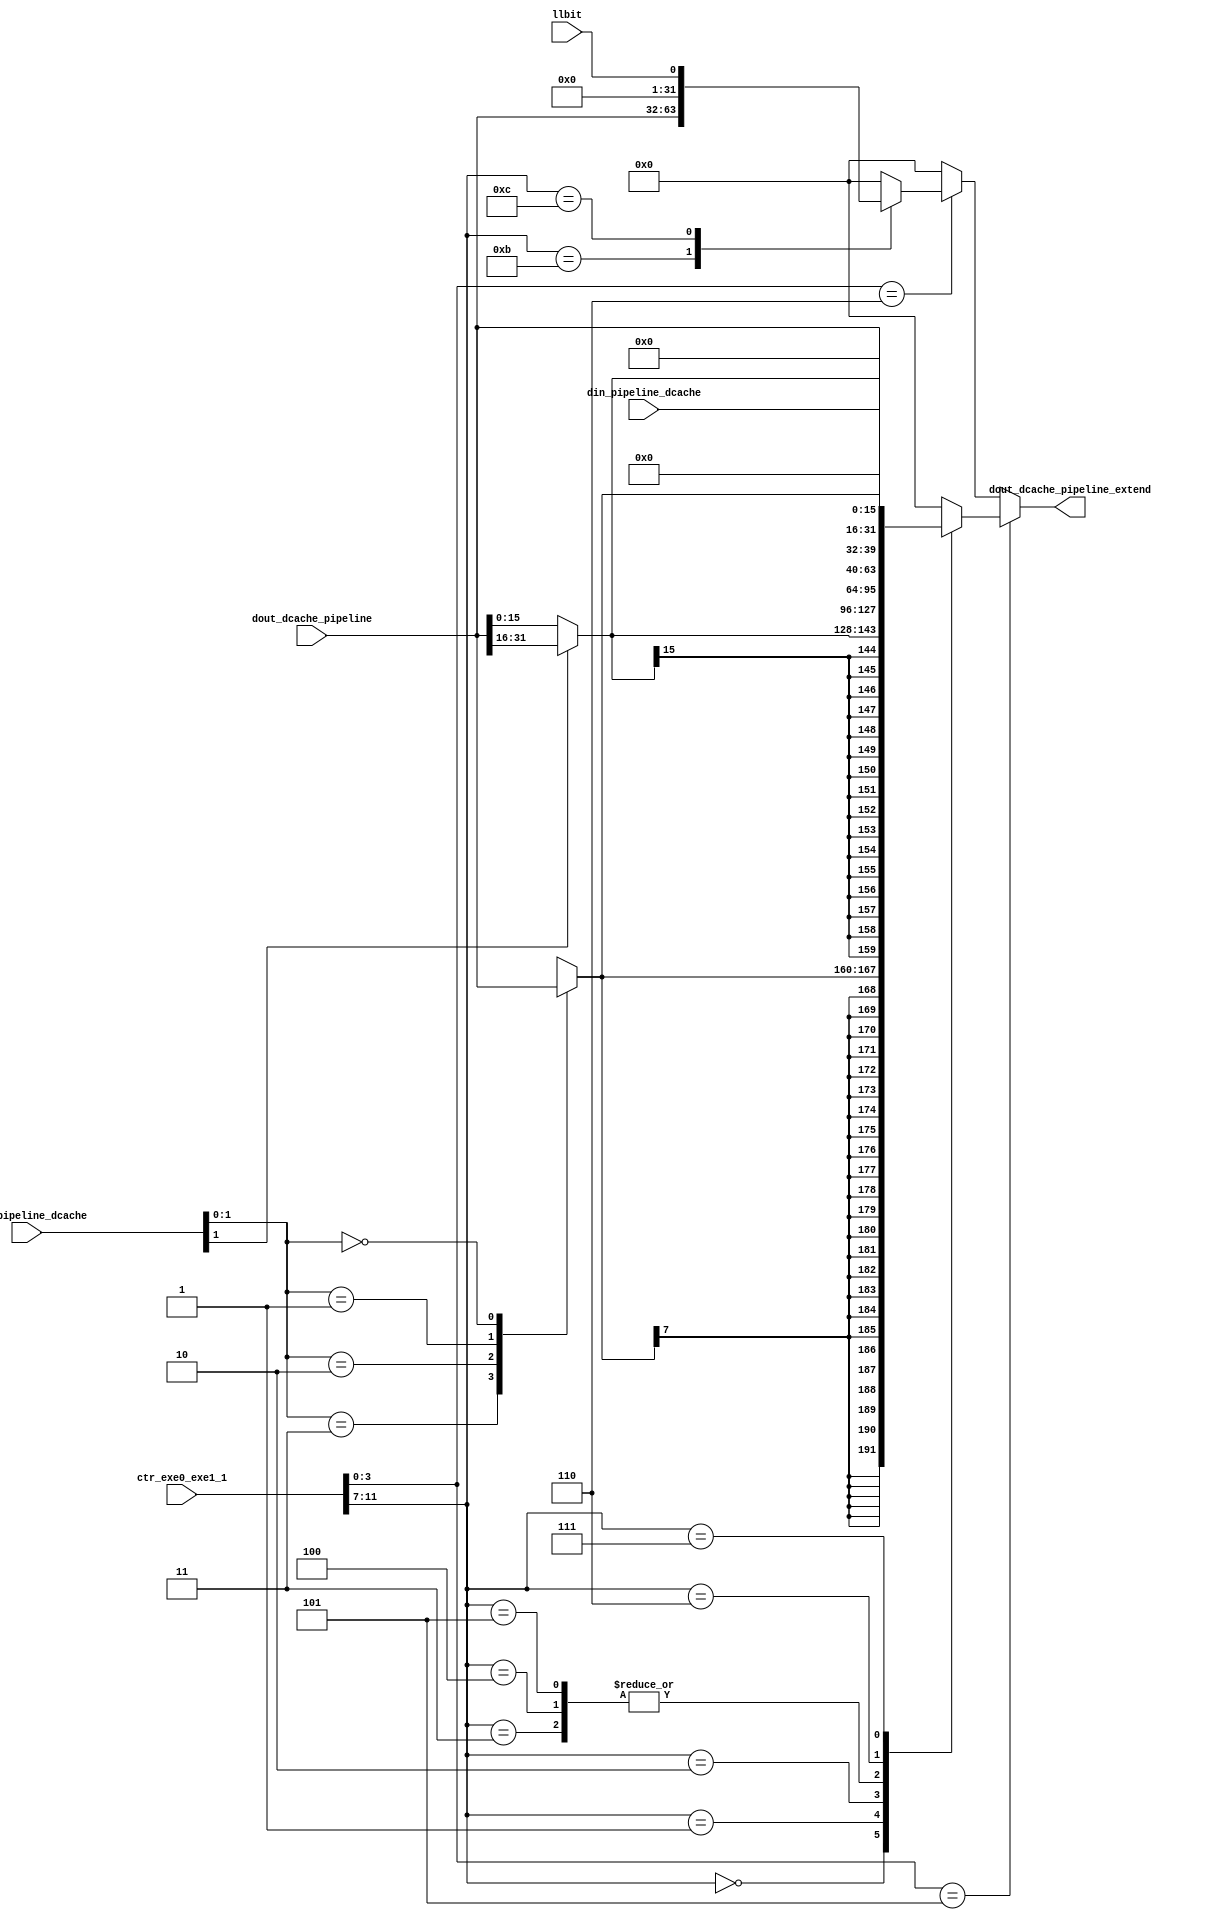
module dcache_extend (
    input [31:0]ctr_exe0_exe1_1,dout_dcache_pipeline,din_pipeline_dcache,
    input [31:0]addr_pipeline_dcache,
    input llbit,
    output reg [31:0]dout_dcache_pipeline_extend
);
    wire [3:0]type_=ctr_exe0_exe1_1[3:0];
    wire [4:0]subtype=ctr_exe0_exe1_1[11:7];
    wire [15:0]dout16=addr_pipeline_dcache[1]?dout_dcache_pipeline[31:16]:dout_dcache_pipeline[15:0];
    reg [7:0]dout8;
    always @(*) begin
        dout8=0;
        case (addr_pipeline_dcache[1:0])
            'b11: dout8=dout_dcache_pipeline[31:24];
            'b10: dout8=dout_dcache_pipeline[23:16];
            'b01: dout8=dout_dcache_pipeline[15:8];
            'b00: dout8=dout_dcache_pipeline[7:0];
        endcase
    end

    always @(*) begin
        dout_dcache_pipeline_extend=0;
        if(type_==5)
            case (subtype)
            //LD
                0: dout_dcache_pipeline_extend={{24{dout8[7]}},dout8};
                1: dout_dcache_pipeline_extend={{16{dout16[15]}},dout16};
                2: dout_dcache_pipeline_extend=dout_dcache_pipeline;
            //ST
                3: dout_dcache_pipeline_extend=din_pipeline_dcache;
                4: dout_dcache_pipeline_extend=din_pipeline_dcache;
                5: dout_dcache_pipeline_extend=din_pipeline_dcache;
            //LD
                6: dout_dcache_pipeline_extend={24'b0,dout8};
                7: dout_dcache_pipeline_extend={16'b0,dout16};
            endcase
        else if(type_==6)
            case (subtype)
                11: dout_dcache_pipeline_extend=dout_dcache_pipeline;
                12: dout_dcache_pipeline_extend={31'b0,llbit};
            endcase
    end
endmodule //dcache_extend